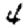
Digit: 4